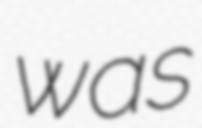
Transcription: was